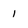
Character: 1